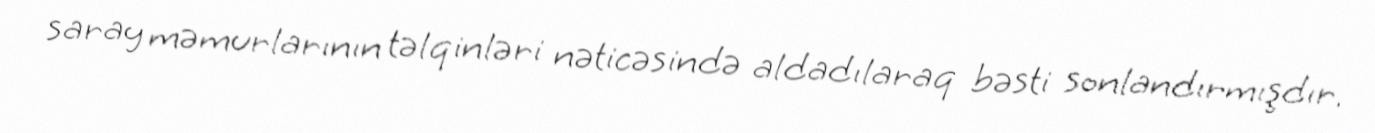
saray məmurlarının təlqinləri nəticəsində aldadılaraq bəsti sonlandırmışdır.